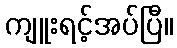
ကျူးရင့်အပ်ပြီ။